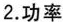
2.功率